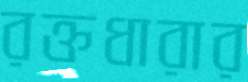
রক্তধারার